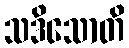
သဒိသောတိ